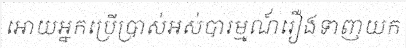
អោយអ្នកប្រើប្រាស់អស់បារម្មណ៍រឿងទាញយក